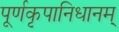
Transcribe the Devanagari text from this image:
पूर्णकृपानिधानम्